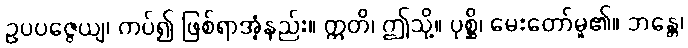
ဥပပဇ္ဇေယျ၊ ကပ်၍ ဖြစ်ရာအံ့နည်း။ ဣတိ၊ ဤသို့။ ပုစ္ဆိ၊ မေးတော်မူ၏။ ဘန္တေ၊